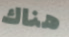
هناك